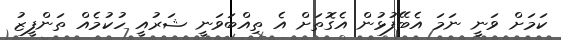
ކަމަށް ވަނީ ނަމަ އެބޭފުޅުން އެގޮތަށް އެ ތިއްބަވަނީ ޝަރުއީ ހުކުމެއް ތަންފީޒު